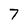
Character: 7